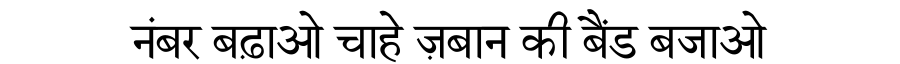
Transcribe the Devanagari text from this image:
नंबर बढ़ाओ चाहे ज़बान की बैंड बजाओ